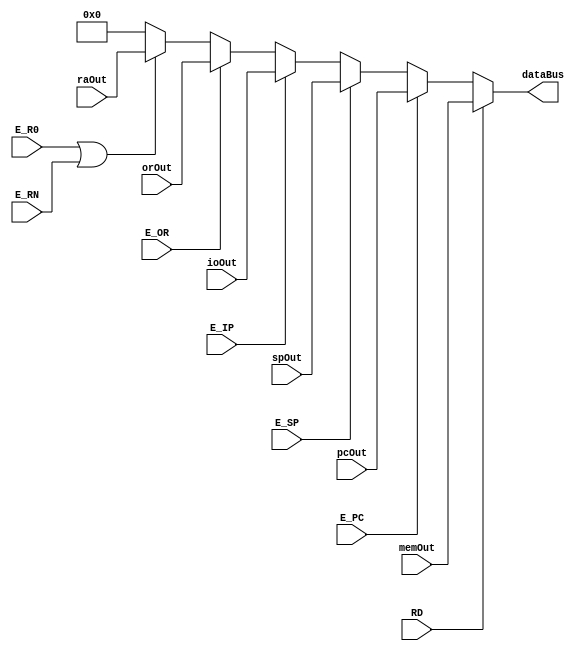
module busArbitrator(
    output[15:0] dataBus,
    input RD,
    input E_PC,
    input E_SP,
    input E_IP,
    input E_OR,
    input E_R0,
    input E_RN,
    input [15:0] pcOut,
    input [15:0] memOut,
    input [15:0] orOut,
    input [15:0] spOut,
    input [15:0] raOut,
    input [15:0] ioOut
    );
    
    assign dataBus = (RD)? memOut :(
                    (E_PC)? pcOut :( 
                    (E_SP)? spOut :( 
                    (E_IP)? ioOut :(
                    (E_OR)? orOut :(
                    ( E_R0 | E_RN )? raOut :
                     16'h0000))))); 
           
endmodule